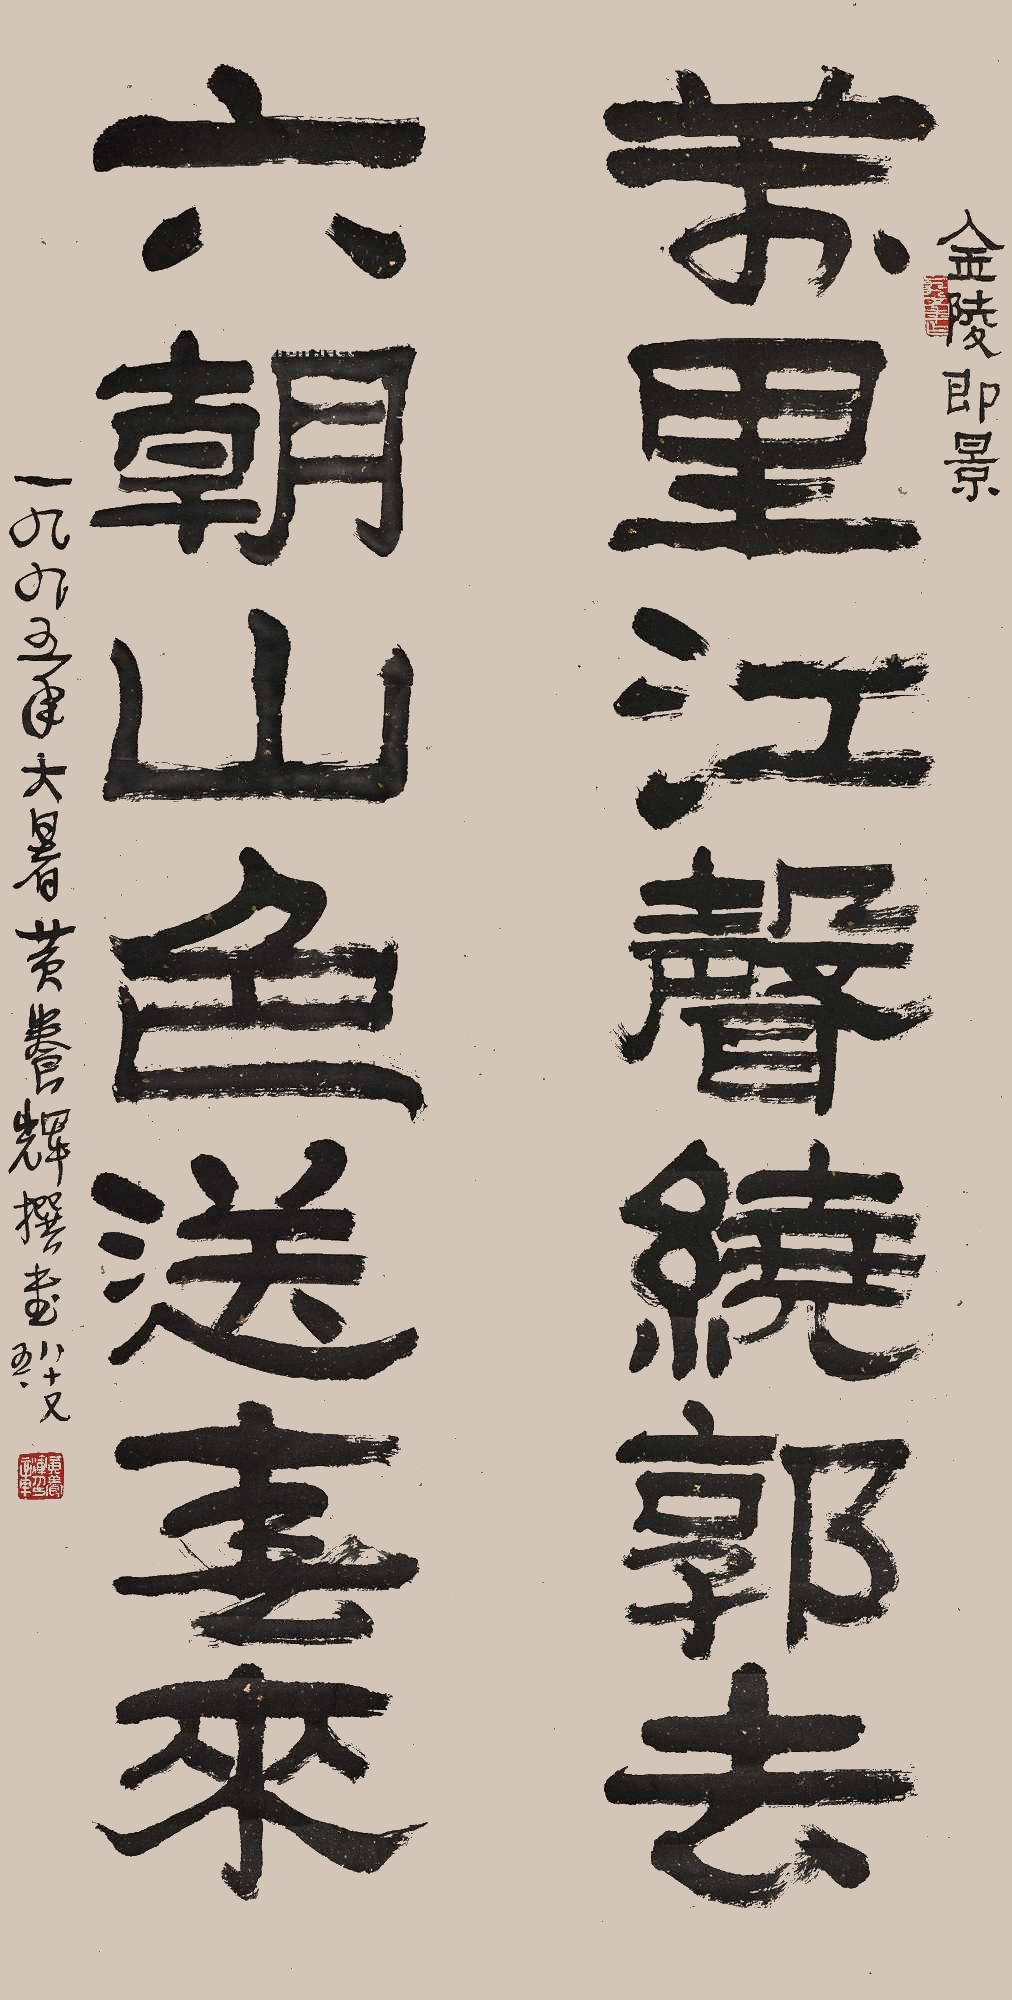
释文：万里江声绕郭去，六朝山色送春来。金陵即景，一九九五年大暑黄养辉撰书八十又五。